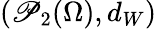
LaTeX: (\mathscr{P}_{2}(\Omega),d_{W})